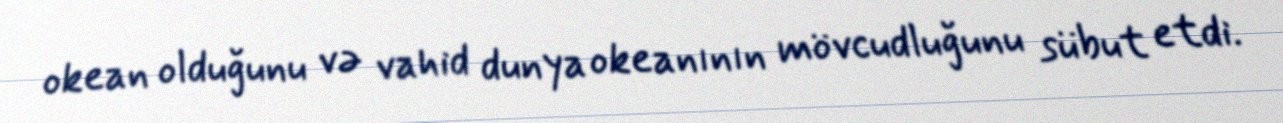
okean olduğunu və vahid dunya okeanının mövcudluğunu sübut etdi.